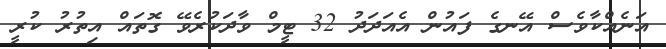
އަނެއްކާވެސް އޭނގެ ފައުން އެއަދަދު 32 ޓީމް ވާދަކުރެވޭ ގޮތައް އިތުރު ކުރީ